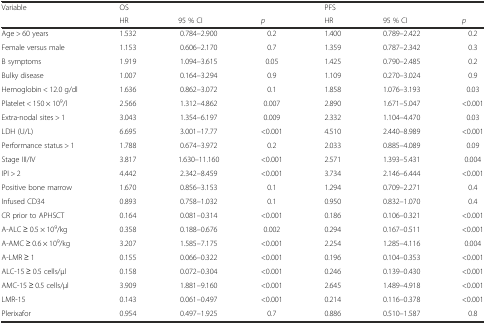
<table><thead><tr><td><b>Variable</b></td><td colspan="3"><b>OS</b></td><td colspan="3"><b>PFS</b></td></tr><tr><td></td><td><b>HR</b></td><td><b>95 % CI</b></td><td><b><i>p</i></b></td><td><b>HR</b></td><td><b>95 % CI</b></td><td><b><i>p</i></b></td></tr></thead><tbody><tr><td>Age &gt; 60 years</td><td>1.532</td><td>0.784–2.900</td><td>0.2</td><td>1.400</td><td>0.789–2.422</td><td>0.2</td></tr><tr><td>Female versus male</td><td>1.153</td><td>0.606–2.170</td><td>0.7</td><td>1.359</td><td>0.787–2.342</td><td>0.3</td></tr><tr><td>B symptoms</td><td>1.919</td><td>1.094–3.615</td><td>0.05</td><td>1.425</td><td>0.790–2.485</td><td>0.2</td></tr><tr><td>Bulky disease</td><td>1.007</td><td>0.164–3.294</td><td>0.9</td><td>1.109</td><td>0.270–3.024</td><td>0.9</td></tr><tr><td>Hemoglobin &lt; 12.0 g/dl</td><td>1.636</td><td>0.862–3.072</td><td>0.1</td><td>1.858</td><td>1.076–3.193</td><td>0.03</td></tr><tr><td>Platelet &lt; 150 × 10<sup>9</sup>/l</td><td>2.566</td><td>1.312–4.862</td><td>0.007</td><td>2.890</td><td>1.671–5.047</td><td>&lt;0.001</td></tr><tr><td>Extra-nodal sites &gt; 1</td><td>3.043</td><td>1.354–6.197</td><td>0.009</td><td>2.332</td><td>1.104–4.470</td><td>0.03</td></tr><tr><td>LDH (U/L)</td><td>6.695</td><td>3.001–17.77</td><td>&lt;0.001</td><td>4.510</td><td>2.440–8.989</td><td>&lt;0.001</td></tr><tr><td>Performance status &gt; 1</td><td>1.788</td><td>0.674–3.972</td><td>0.2</td><td>2.033</td><td>0.885–4.089</td><td>0.09</td></tr><tr><td>Stage III/IV</td><td>3.817</td><td>1.630–11.160</td><td>&lt;0.001</td><td>2.571</td><td>1.393–5.431</td><td>0.004</td></tr><tr><td>IPI &gt; 2</td><td>4.442</td><td>2.342–8.459</td><td>&lt;0.001</td><td>3.734</td><td>2.146–6.444</td><td>&lt;0.001</td></tr><tr><td>Positive bone marrow</td><td>1.670</td><td>0.856–3.153</td><td>0.1</td><td>1.294</td><td>0.709–2.271</td><td>0.4</td></tr><tr><td>Infused CD34</td><td>0.893</td><td>0.758–1.032</td><td>0.1</td><td>0.950</td><td>0.832–1.070</td><td>0.4</td></tr><tr><td>CR prior to APHSCT</td><td>0.164</td><td>0.081–0.314</td><td>&lt;0.001</td><td>0.186</td><td>0.106–0.321</td><td>&lt;0.001</td></tr><tr><td>A-ALC ≥ 0.5 × 10<sup>9</sup>/kg</td><td>0.358</td><td>0.188–0.676</td><td>0.002</td><td>0.294</td><td>0.167–0.511</td><td>&lt;0.001</td></tr><tr><td>A-AMC ≥ 0.6 × 10<sup>9</sup>/kg</td><td>3.207</td><td>1.585–7.175</td><td>&lt;0.001</td><td>2.254</td><td>1.285–4.116</td><td>0.004</td></tr><tr><td>A-LMR ≥ 1</td><td>0.155</td><td>0.066–0.322</td><td>&lt;0.001</td><td>0.196</td><td>0.104–0.353</td><td>&lt;0.001</td></tr><tr><td>ALC-15 ≥ 0.5 cells/μl</td><td>0.158</td><td>0.072–0.304</td><td>&lt;0.001</td><td>0.246</td><td>0.139–0.430</td><td>&lt;0.001</td></tr><tr><td>AMC-15 ≥ 0.5 cells/μl</td><td>3.909</td><td>1.881–9.160</td><td>&lt;0.001</td><td>2.645</td><td>1.489–4.918</td><td>&lt;0.001</td></tr><tr><td>LMR-15</td><td>0.143</td><td>0.061–0.497</td><td>&lt;0.001</td><td>0.214</td><td>0.116–0.378</td><td>&lt;0.001</td></tr><tr><td>Plerixafor</td><td>0.954</td><td>0.497–1.925</td><td>0.7</td><td>0.886</td><td>0.510–1.587</td><td>0.8</td></tr></tbody></table>